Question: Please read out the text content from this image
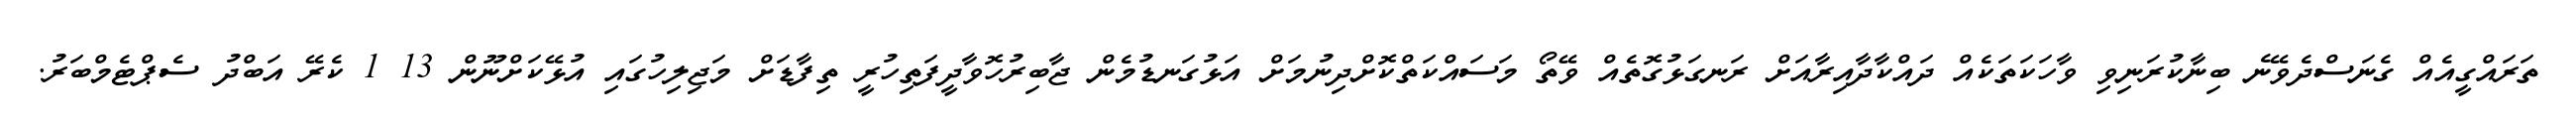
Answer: ތަރައްގީއެއް ގެނަސްދެވޭނެ ބިނާކުރަނިވި ވާހަކަތަކެއް ދައްކާދާއިރާއަށް ރަނގަޅުގޮތެއް ވޭތޯ މަސައްކަތްކޮށްދިނުމަށް އަޅުގަނޑުމެން ޖާބިރުހޮވާދީފަތިހުރީ ތިފާޑަށް މަޖިލިހުގައި އުޅޭކަށްނޫން 13 1 ކެރޭ އަބްދު ސެޕްޓެމްބަރު.